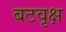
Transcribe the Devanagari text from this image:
बटवृक्ष